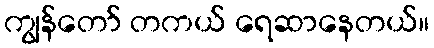
ကျွန်တော် တကယ် ရေဆာနေတယ်။